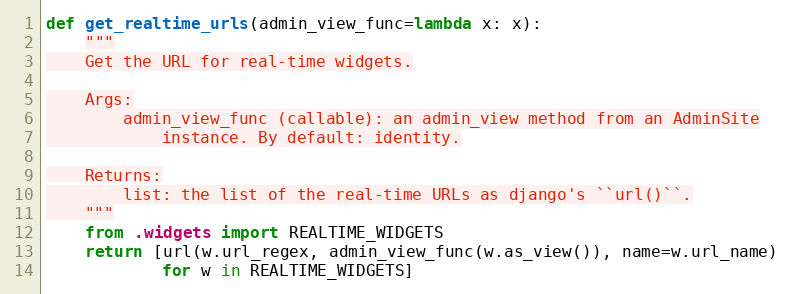
Language: Python
def get_realtime_urls(admin_view_func=lambda x: x):
    """
    Get the URL for real-time widgets.

    Args:
        admin_view_func (callable): an admin_view method from an AdminSite
            instance. By default: identity.

    Returns:
        list: the list of the real-time URLs as django's ``url()``.
    """
    from .widgets import REALTIME_WIDGETS
    return [url(w.url_regex, admin_view_func(w.as_view()), name=w.url_name)
            for w in REALTIME_WIDGETS]